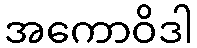
အကောဝိဒါ